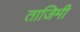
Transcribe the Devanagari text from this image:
ताजिमी